Vaccination in Burma 1889-1999 - 1889-1999
Year: 1889
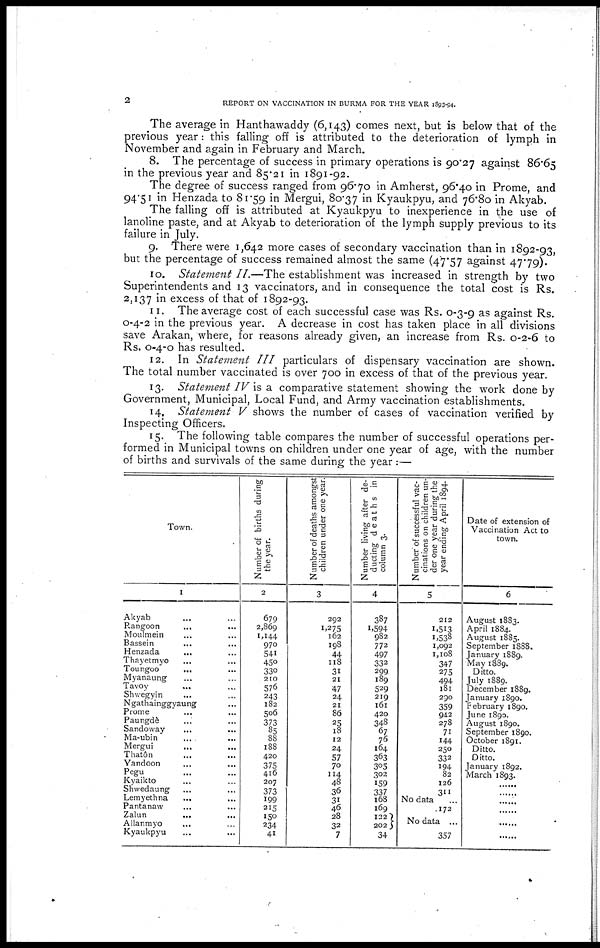
2
REPORT ON VACCINATION IN BURMA FOR THE YEAR 1893-94.
The average in Hanthawaddy (6,143) comes next, but is below that of the
previous year: this falling off is attributed to the deterioration of lymph in
November and again in February and March.
8. The percentage of success in primary operations is 90.27 against 86.65
in the previous year and 85.21 in 1891-92.
The degree of success ranged from 96.70 in Amherst, 96.40 in Prome, and
94.51 in Henzada to 81.59 in Mergui, 80.37 in Kyaukpyu, and 76.80 in Akyab.
The falling off is attributed at Kyaukpyu to inexperience in the use of
lanoline paste, and at Akyab to deterioration of the lymph supply previous to its
failure in July.
9. There were 1,642 more cases of secondary vaccination than in 1892-93,
but the percentage of success remained almost the same (47.57 against 47.79).
10. Statement II.—The establishment was increased in strength by two
Superintendents and 13 vaccinators, and in consequence the total cost is Rs.
2,137 in excess of that of 1892-93.
11. The average cost of each successful case was Rs. 0-3-9 as against Rs.
0-4-2 in the previous year. A decrease in cost has taken place in all divisions
save Arakan, where, for reasons already given, an increase from Rs. 0-2-6 to
Rs. 0-4-0 has resulted.
12. In Statement III particulars of dispensary vaccination are shown.
The total number vaccinated is over 700 in excess of that of the previous year.
13. Statement IV is a comparative statement showing the work done by
Government, Municipal, Local Fund, and Army vaccination establishments.
14. Statement V shows the number of cases of vaccination verified by
Inspecting Officers.
15. The following table compares the number of successful operations per-
formed in Municipal towns on children under one year of age, with the number
of births and survivals of the same during the year:—
Town.
1
Akyab... ... ...
Rangoon... ... ...
Moulmein... ... ...
Bassein... ... ...
Henzada... ... ...
Thayetmyo... ... ...
Toungoo ... ... ...
Myanaung... ... ...
Tavoy... ... ...
Shwegyin... ... ...
Ngathainggyaung... ... ...
Prome... ... ...
Paungde... ... ...
Sandoway... ... ...
Ma-ubin... ... ...
Mergui... ... ...
Thatôn... ... ...
Yandoon... ... ...
Pegu... ... ...
Kyaikto... ... ...
Shwedaung... ... ...
Lemyethna... ... ...
Pantanaw...
...
...
Zalun ... ... ...
Allanmyo ... ... ...
Kyaukpyu... ... ...
Number of births during
the year.
2
679
2,869
1,144
970
541
450
330
210
576
243
182
506
373
85
88
188
420
375
416
207
373
199
215
150
234
41
Number of deaths amongst
children under one year.
3
292
1,275
162
198
44
118
31
21
47
24
21
86
25
18
12
24
57
70
114
48
36
31
46
28
32
7
Number living after de-
ducting deaths in
column 3.
4
387
1,594
982
772
497
332
299
189
529
219
161
420
348
67
76
164
363
305
302
159
337
168
169
132
202
34
Number of successful vac-
cinations on children un-
der one year during the
year ending April 1894.
5
212
1,513
1,538
1,092
1,108
347
275
494
181
290
359
942
278
71
144
250
332
194
82
126
311
No data ...
172
No data ...
357
Date of extension of
Vaccination Act to
town.
6
August 1883.
April 1884.
August 1885.
September 1888.
January 1889.
May 1889.
Ditto.
July 1889.
December 1889.
January 1890.
February 1890.
June 1890.
August 1890.
September 1890.
October 1891.
Ditto.
Ditto.
January 1892.
March 1893.
......
......
......
......
......
......